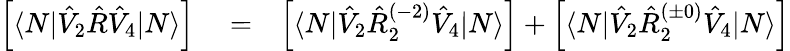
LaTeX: \begin{array}{rlr}{\left[\langle N|\hat{V}_{2}\hat{R}\hat{V}_{4}|N\rangle\right]}&{{}=}&{\left[\langle N|\hat{V}_{2}\hat{R}_{2}^{(-2)}\hat{V}_{4}|N\rangle\right]+\left[\langle N|\hat{V}_{2}\hat{R}_{2}^{(\pm 0)}\hat{V}_{4}|N\rangle\right]}\end{array}